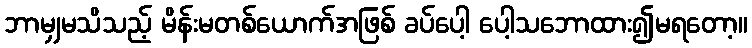
ဘာမျှမသိသည့် မိန်းမတစ်ယောက်အဖြစ် ခပ်ပေါ့ ပေါ့သဘောထား၍မရတော့။